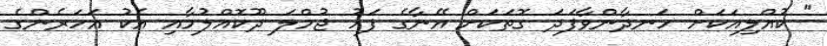
" ކުއްލިއަކަށް ހަނދާންވާފަދަ ގޮތަކަށް އޭނާގެ ފަހު ޖުމްލަ ދޫކޮއްލުމާއި އެކު އަހަރެންގެ